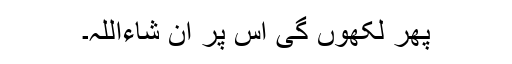
پھر لکھوں گی اس پر ان شاءاللہ۔